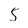
Character: 5